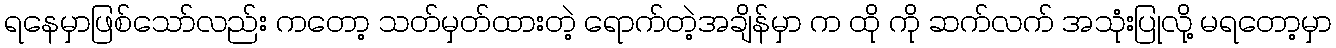
ရနေမှာဖြစ်သော်လည်း ကတော့ သတ်မှတ်ထားတဲ့ ရောက်တဲ့အချိန်မှာ က ထို ကို ဆက်လက် အသုံးပြုလို့ မရတော့မှာ